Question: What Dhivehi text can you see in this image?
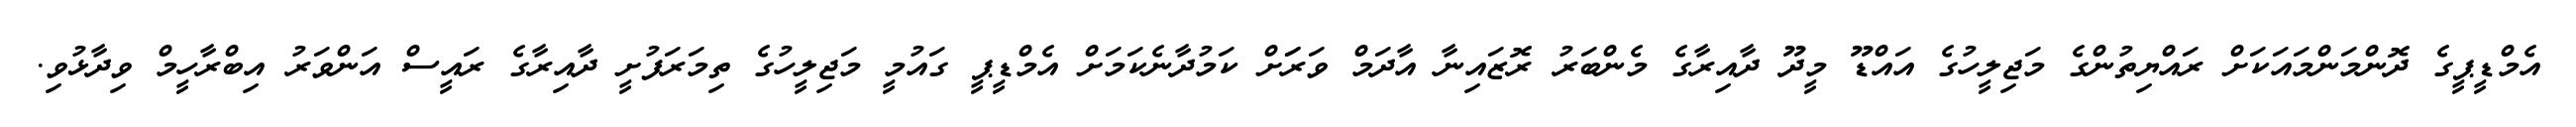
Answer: އެމްޑީޕީގެ ދޮންމަންމައަކަށް ރައްޔިތުންގެ މަޖިލީހުގެ އައްޑޫ މީދޫ ދާއިރާގެ މެންބަރު ރޮޒައިނާ އާދަމް ވަރަަށް ކަމުދާނެކަމަށް އެމްޑީޕީ ގައުމީ މަޖިލީހުގެ ތިމަރަފުށީ ދާއިރާގެ ރައީސް އަންވަރު އިބްރާހީމް ވިދާޅުވި.